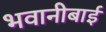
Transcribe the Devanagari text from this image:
भवानीबाई